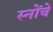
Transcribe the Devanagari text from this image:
स्नोंचे